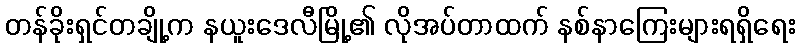
တန်ခိုးရှင်တချို့က နယူးဒေလီမြို့၏ လိုအပ်တာထက် နစ်နာကြေးများရရှိရေး